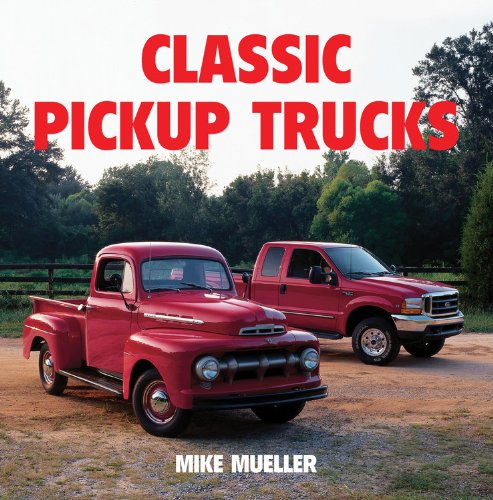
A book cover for Classic Pickup Trucks; Mike Mueller; Engineering & Transportation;